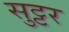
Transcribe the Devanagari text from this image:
सुट्टर